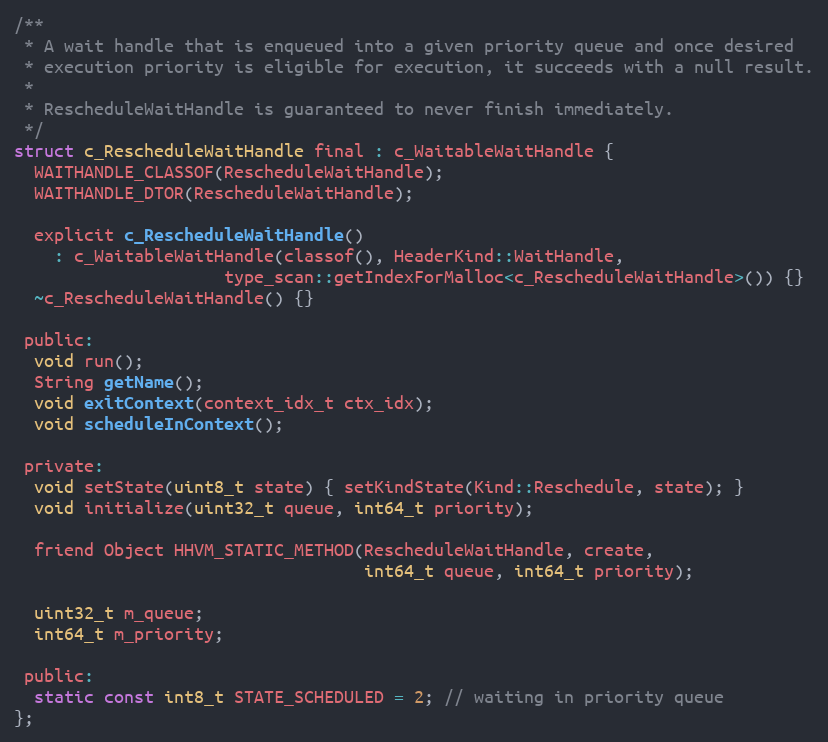
Language: C
/**
 * A wait handle that is enqueued into a given priority queue and once desired
 * execution priority is eligible for execution, it succeeds with a null result.
 *
 * RescheduleWaitHandle is guaranteed to never finish immediately.
 */
struct c_RescheduleWaitHandle final : c_WaitableWaitHandle {
  WAITHANDLE_CLASSOF(RescheduleWaitHandle);
  WAITHANDLE_DTOR(RescheduleWaitHandle);

  explicit c_RescheduleWaitHandle()
    : c_WaitableWaitHandle(classof(), HeaderKind::WaitHandle,
                     type_scan::getIndexForMalloc<c_RescheduleWaitHandle>()) {}
  ~c_RescheduleWaitHandle() {}

 public:
  void run();
  String getName();
  void exitContext(context_idx_t ctx_idx);
  void scheduleInContext();

 private:
  void setState(uint8_t state) { setKindState(Kind::Reschedule, state); }
  void initialize(uint32_t queue, int64_t priority);

  friend Object HHVM_STATIC_METHOD(RescheduleWaitHandle, create,
                                   int64_t queue, int64_t priority);

  uint32_t m_queue;
  int64_t m_priority;

 public:
  static const int8_t STATE_SCHEDULED = 2; // waiting in priority queue
};